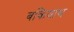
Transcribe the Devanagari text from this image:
बकियाथ